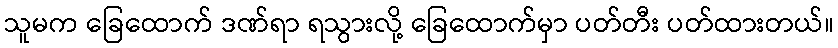
သူမက ခြေထောက် ဒဏ်ရာ ရသွားလို့ ခြေထောက်မှာ ပတ်တီး ပတ်ထားတယ်။